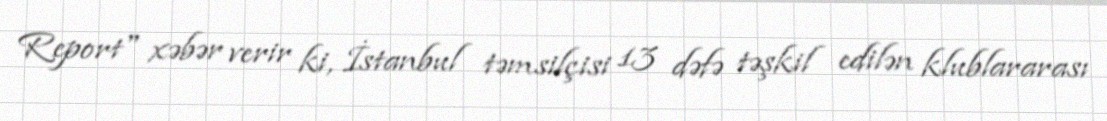
Report" xəbər verir ki, İstanbul təmsilçisi 13 dəfə təşkil edilən klublararası